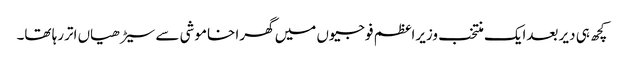
کچھ ہی دیر بعدایک منتخب وزیراعظم فوجیوں میں گھرا خاموشی سے سیڑھیاں اتررہا تھا۔